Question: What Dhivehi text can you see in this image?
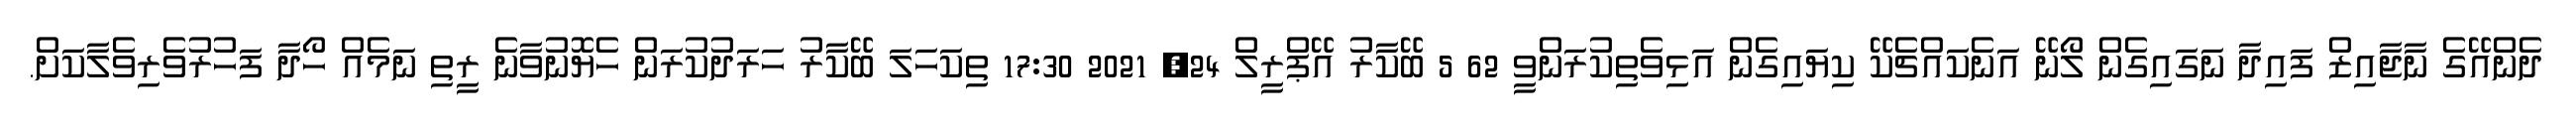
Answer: ދެންއޭގެ ނާޖާއިޒް ފައިދާ ނަގައިގެން ލޯނޭ އަނެކައްޗެކޭ ކިޔައިގެން އަޅިވެތިކުރަންވީ 62 5 ބޭކާރު އޭޕްރީލް 24, 2021 17:30 ތިކަހަލަ ބޭކާރު ހަރަދުކުރަން ހެޔޮނުވާނެ ރީތި ނަމެއް ހޯދާ ފަހުރުވެރިވެލާކަށް.